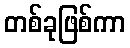
တစ်ခုဖြစ်ကာ